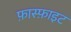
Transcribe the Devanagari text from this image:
फ़ास्फ़ाइट